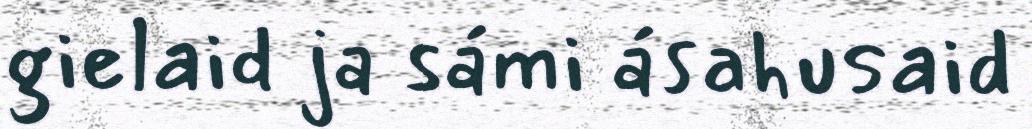
gielaid ja sámi ásahusaid